Assam Mental Hospital (Tezpur, India) - 1933-1948
Year: 1933
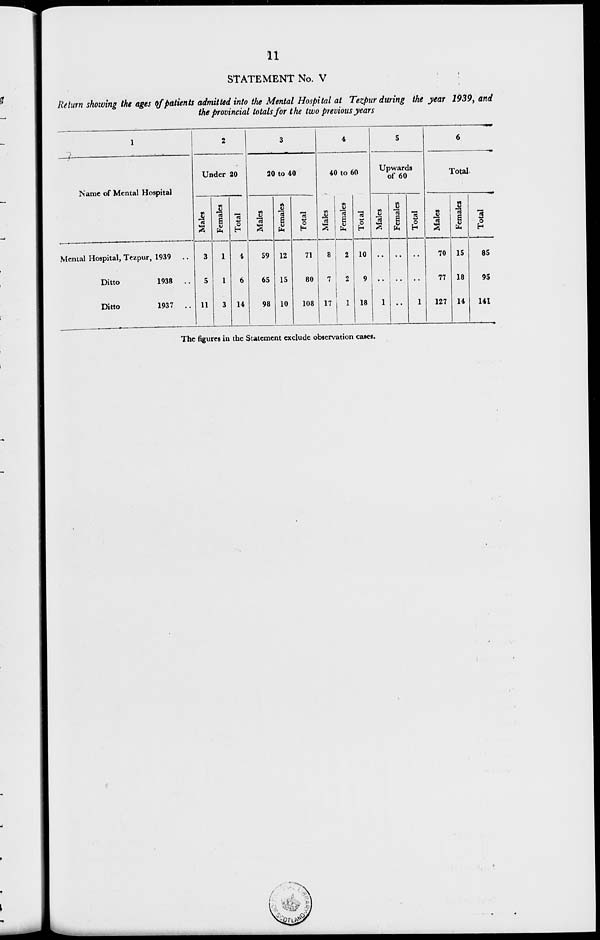
11
STATEMENT No. V
Return showing the ages of patients admitted into the Mental Hospital at Tezpur during the year 1939, and
the provincial totals for the two previous years
1
Name of Mental Hospital
Mental Hospital, Tezpur, 1939
..
Ditto
1938
..
Ditto
1937
..
2
Under 20
Males
3
5
11
Females
1
1
3
Total
4
6
14
3
20 to 40
Males
59
65
98
Females
12
15
10
Total
71
80
108
4
40 to 60
Males
8
7
17
Females
2
2
1
Total
10
9
18
5
Upwards
of 60
Males
..
..
1
Females
..
..
..
Total
..
..
1
6
Total.
Males
70
77
127
Females
15
18
14
Total
85
95
141
The figures in the Statement exclude observation cases.